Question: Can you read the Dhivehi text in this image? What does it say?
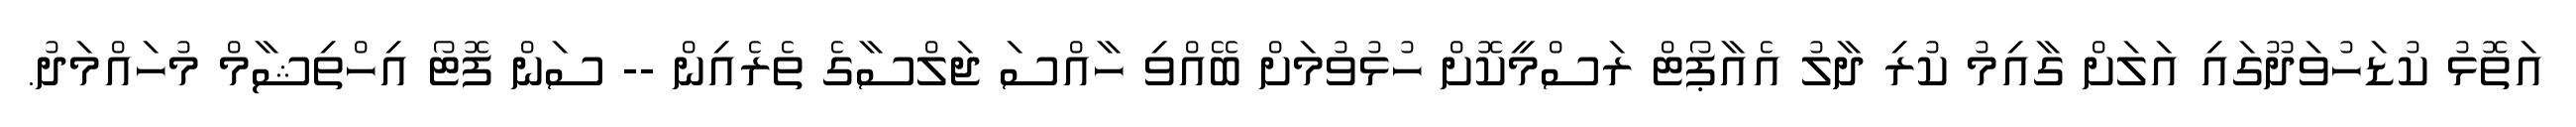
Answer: އަތޮޅު ކުޑަހުވަދޫގައި އަލަށް ގާއިމު ކުރި ދާލު އެއާޕޯޓް ރަސްމީކޮށް ހުޅުވުމަށް ބޭއްވި ހާއްސަ ޖަލްސާގެ ތެރެއިން -- ސަން ފޮޓޯ އިހްތިޝާމް މުހައްމަދު.